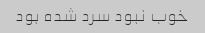
خوب نبود سرد شده بود